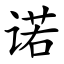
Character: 诺